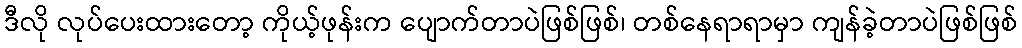
ဒီလို လုပ်ပေးထားတော့ ကိုယ့်ဖုန်းက ပျောက်တာပဲဖြစ်ဖြစ်၊ တစ်နေရာရာမှာ ကျန်ခဲ့တာပဲဖြစ်ဖြစ်